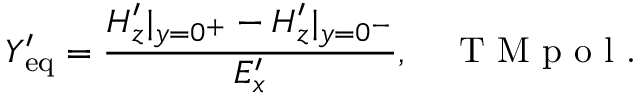
Y _ { \mathrm { e q } } ^ { \prime } = \frac { H _ { z } ^ { \prime } | _ { y = 0 ^ { + } } - H _ { z } ^ { \prime } | _ { y = 0 ^ { - } } } { E _ { x } ^ { \prime } } , \quad \textrm { T M p o l . }